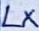
Text: LX